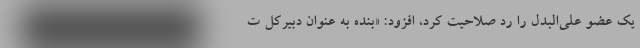
یک عضو علی‌البدل را رد صلاحیت کرد، افزود: «بنده به عنوان دبیرکل ت